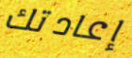
إعادتك